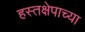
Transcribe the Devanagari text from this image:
हस्तक्षेपाच्या